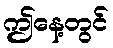
ဤနေ့တွင်